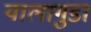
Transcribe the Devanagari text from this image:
यालागुडा